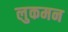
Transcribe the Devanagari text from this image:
लुकमन